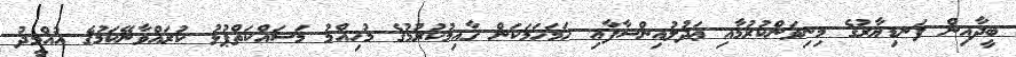
ބީދާއިން ފަނޑިޔާރުގެ މިނިވަންކުރުމާއި ޢަދުލުއިންސާފާއި ހަމަހަމަކަން ޤާއިމުކުރުމުގެ މުހިއްމު މަސައްކަތްޕުޅު ކުރައްވާނޭކަމުގެ އުއްމީދު